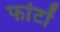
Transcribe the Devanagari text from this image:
फांटों